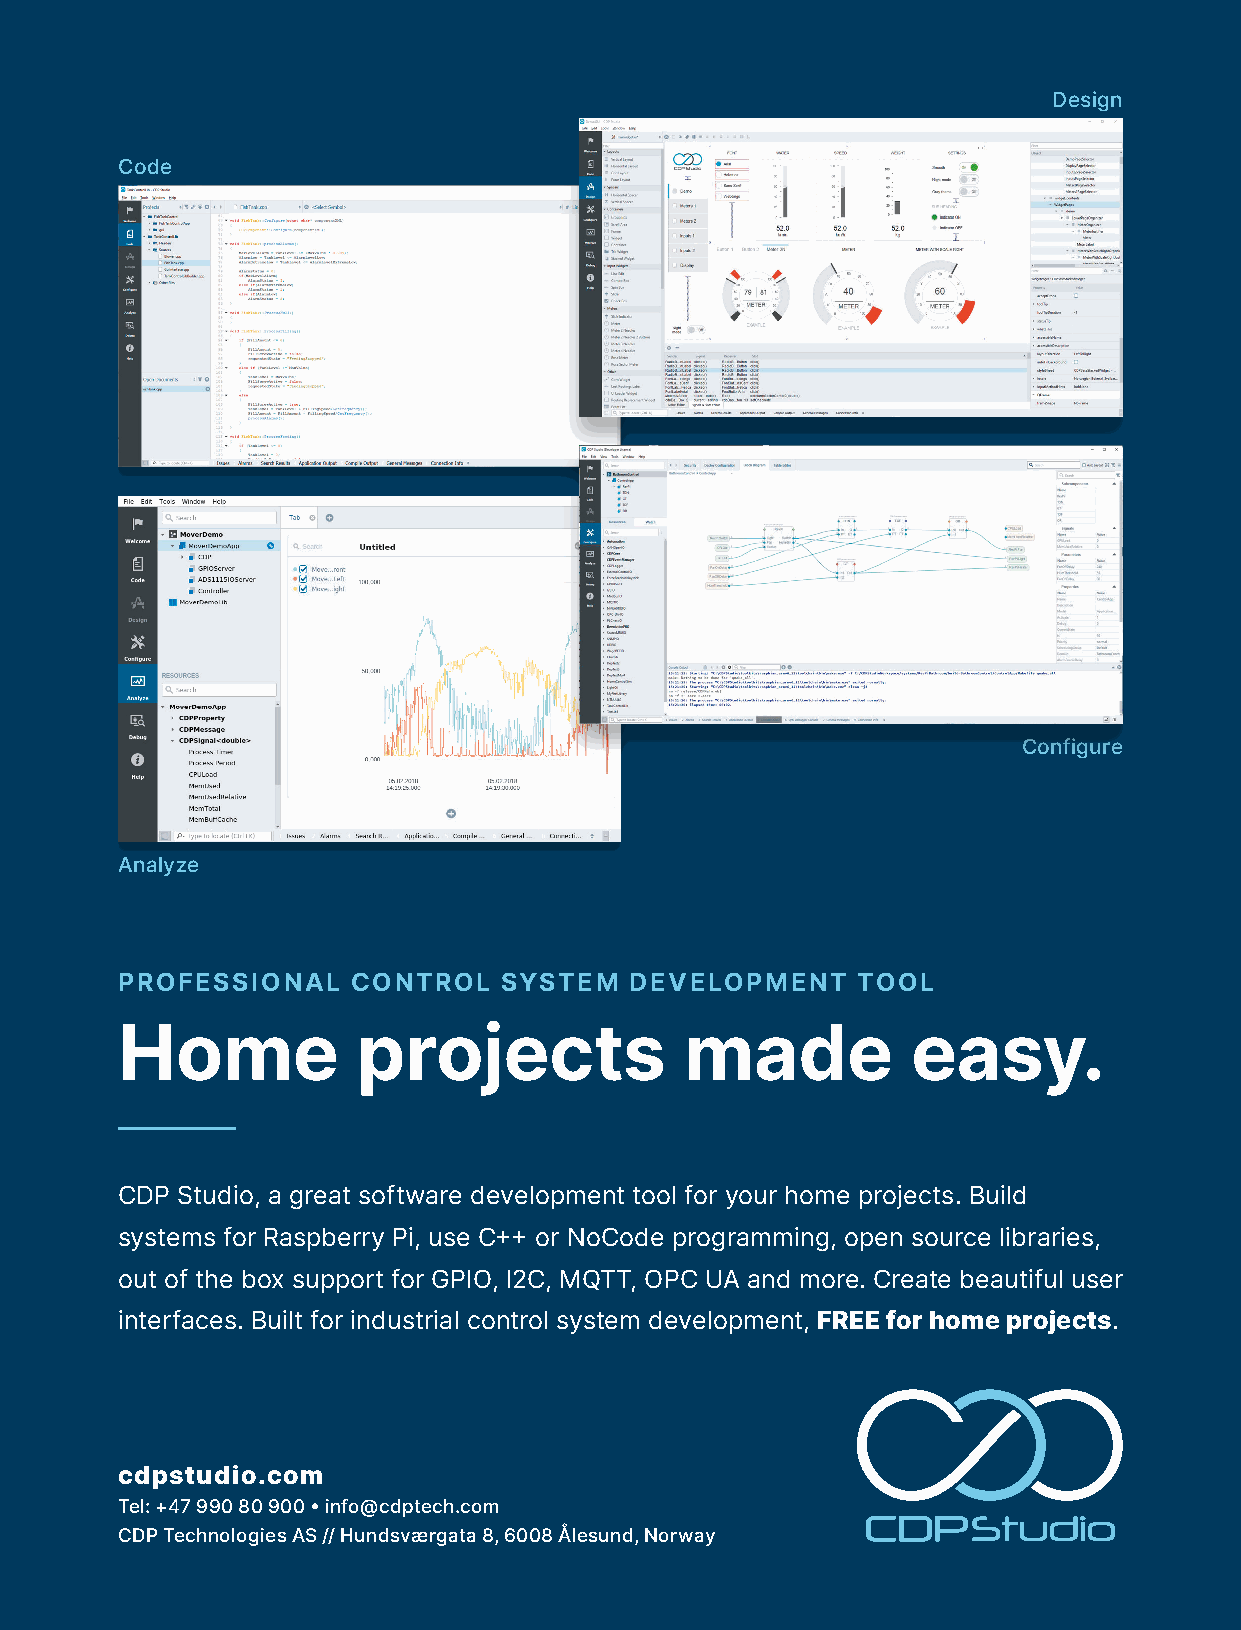
Design
 Code
 Configure
 Analyze
 PROFESSIONAL   CONTROL   SYSTEM   DEVELOPMENT    TOOL
 Home            projects             made           easy.
 CDP Studio, a great software development tool for your home projects. Build
 systems for Raspberry Pi, use C++ or NoCode programming, open source libraries,
 out of the box support for GPIO, I2C, MQTT, OPC UA and more. Create beautiful user
 interfaces. Built for industrial control system development, FREE for home projects.
 cdpstudio.com
 Tel: +47 990 80 900 • info@cdptech.com
 CDP Technologies AS // Hundsværgata 8, 6008 Ålesund, Norway